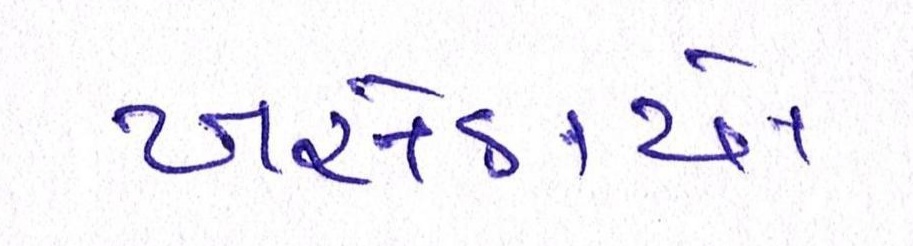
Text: ખસેડાયો